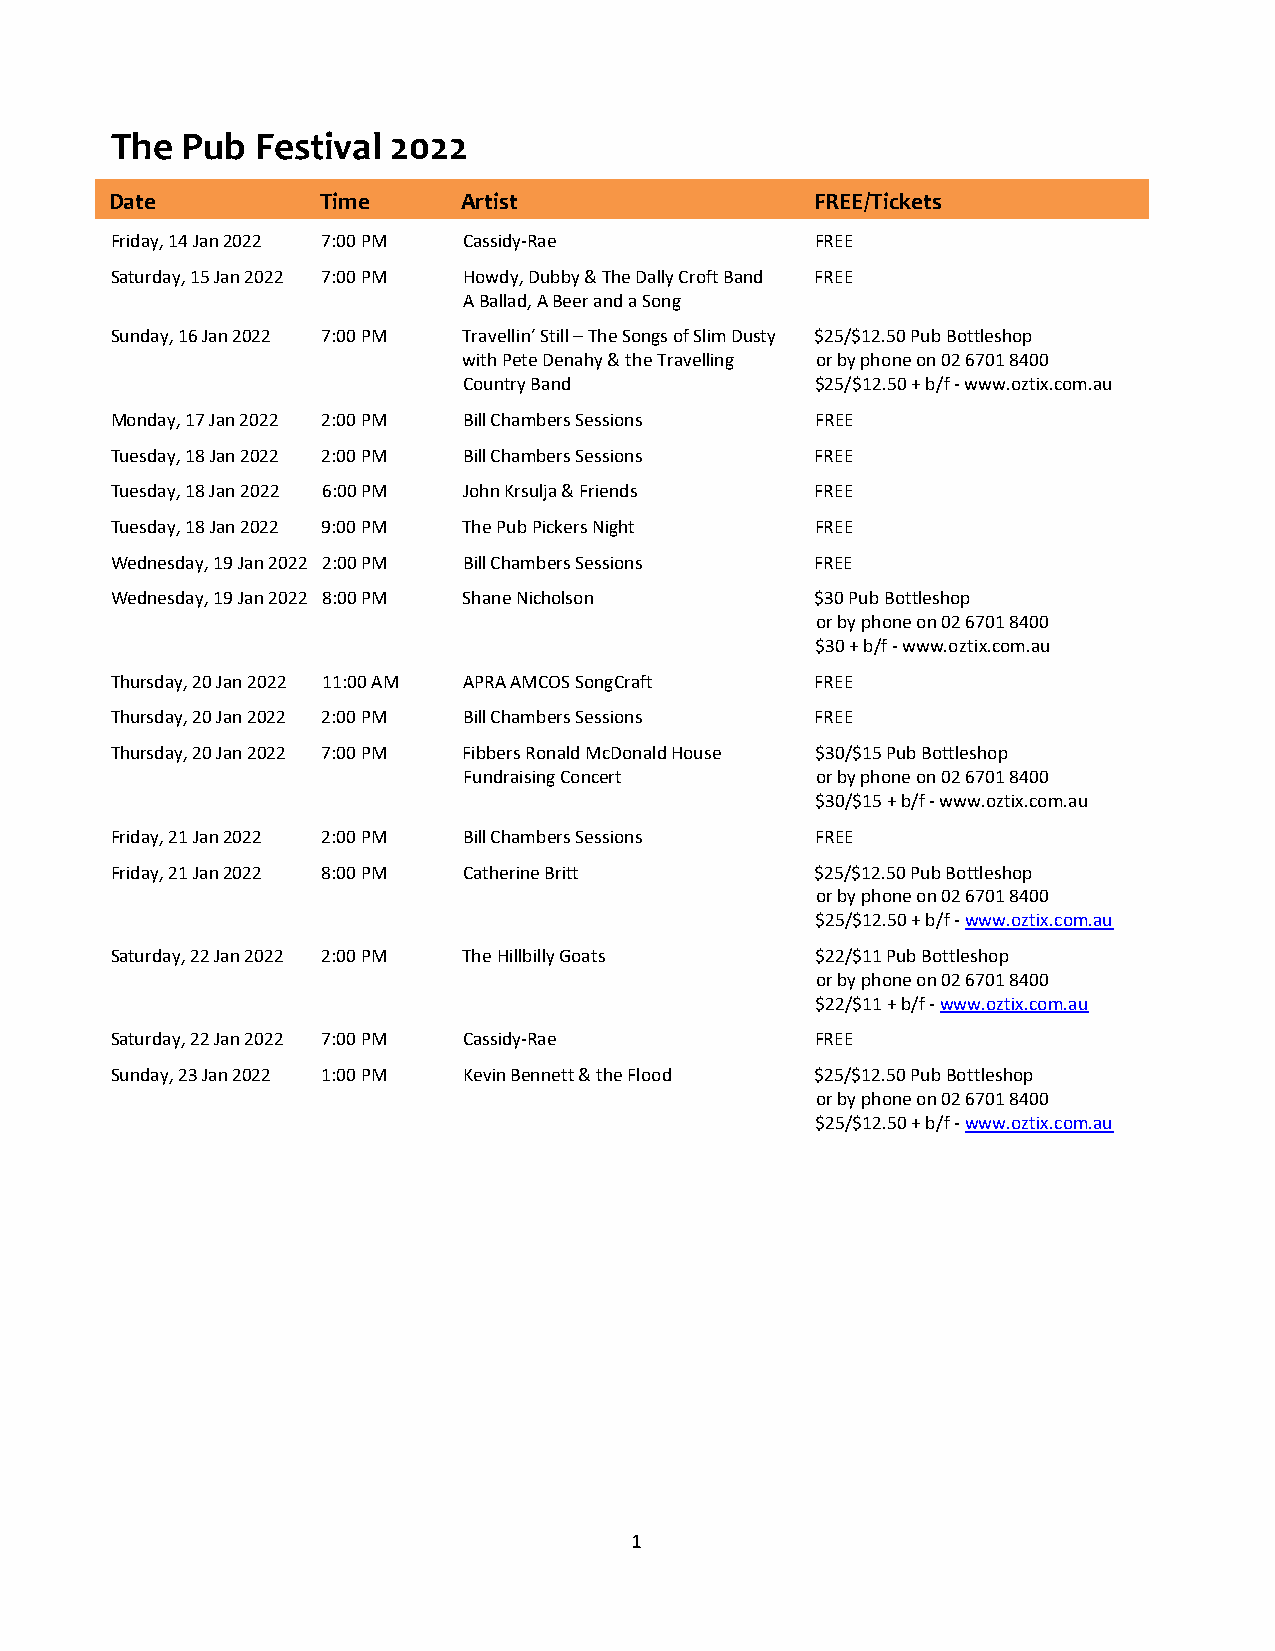
The  Pub  Festival 2022
 Date          Time      Artist                 FREE/Tickets
 Friday, 14 Jan 2022 7:00 PM Cassidy-Rae        FREE
 Saturday, 15 Jan 2022 7:00 PM Howdy, Dubby & The Dally Croft Band FREE
 A Ballad, A Beer and a Song
 Sunday, 16 Jan 2022 7:00 PM Travellin’ Still – The Songs of Slim Dusty $25/$12.50 Pub Bottleshop
 with Pete Denahy & the Travelling or by phone on 02 6701 8400
 Country Band           $25/$12.50 + b/f - www.oztix.com.au
 Monday, 17 Jan 2022 2:00 PM Bill Chambers Sessions FREE
 Tuesday, 18 Jan 2022 2:00 PM Bill Chambers Sessions FREE
 Tuesday, 18 Jan 2022 6:00 PM John Krsulja & Friends FREE
 Tuesday, 18 Jan 2022 9:00 PM The Pub Pickers Night FREE
 Wednesday, 19 Jan 2022 2:00 PM Bill Chambers Sessions FREE
 Wednesday, 19 Jan 2022 8:00 PM Shane Nicholson $30 Pub Bottleshop
 or by phone on 02 6701 8400
 $30 + b/f - www.oztix.com.au
 Thursday, 20 Jan 2022 11:00 AM APRA AMCOS SongCraft FREE
 Thursday, 20 Jan 2022 2:00 PM Bill Chambers Sessions FREE
 Thursday, 20 Jan 2022 7:00 PM Fibbers Ronald McDonald House $30/$15 Pub Bottleshop
 Fundraising Concert    or by phone on 02 6701 8400
 $30/$15 + b/f - www.oztix.com.au
 Friday, 21 Jan 2022 2:00 PM Bill Chambers Sessions FREE
 Friday, 21 Jan 2022 8:00 PM Catherine Britt    $25/$12.50 Pub Bottleshop
 or by phone on 02 6701 8400
 $25/$12.50 + b/f - www.oztix.com.au
 Saturday, 22 Jan 2022 2:00 PM The Hillbilly Goats $22/$11 Pub Bottleshop
 or by phone on 02 6701 8400
 $22/$11 + b/f - www.oztix.com.au
 Saturday, 22 Jan 2022 7:00 PM Cassidy-Rae      FREE
 Sunday, 23 Jan 2022 1:00 PM Kevin Bennett & the Flood $25/$12.50 Pub Bottleshop
 or by phone on 02 6701 8400
 $25/$12.50 + b/f - www.oztix.com.au
 1